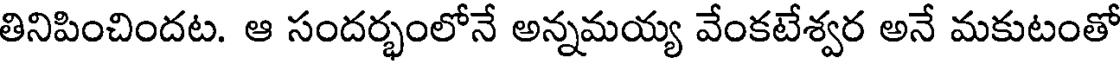
తినిపించిందట. ఆ సందర్భంలోనే అన్నమయ్య వేంకటేశ్వర అనే మకుటంతో